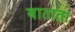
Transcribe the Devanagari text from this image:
बाताता